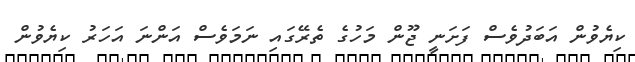
ކިޔެވުން އަބަދުވެސް ފަށަނީ ޖޫން މަހުގެ ތެރޭގައި ނަމަވެސް އަންނަ އަހަރު ކިޔެވުން